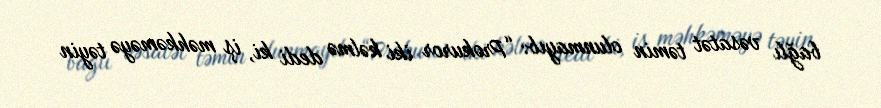
bağlı vəsatət təmin olunmayıb: “Prokuror iki kəlmə dedi ki, iş məhkəməyə təyin